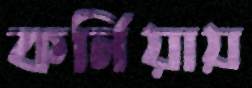
কর্নিয়ায়